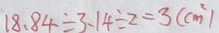
1 8 . 8 4 \div 3 . 1 4 \div 2 = 3 ( c m ^ { 2 } )